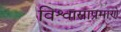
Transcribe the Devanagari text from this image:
विश्वासाप्रमाणे